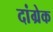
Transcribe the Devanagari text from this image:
दांग्रेक